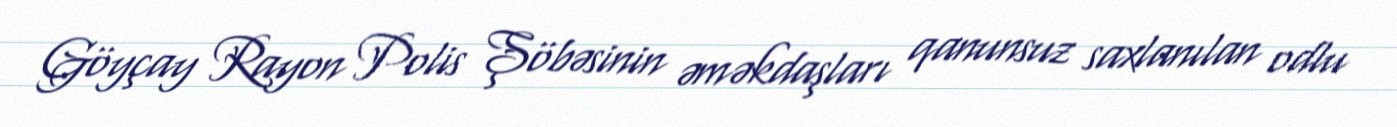
Göyçay Rayon Polis Şöbəsinin əməkdaşları qanunsuz saxlanılan odlu